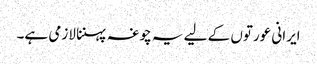
ایرانی عورتوں کے لیے یہ چوغہ پہننا لازمی ہے۔